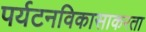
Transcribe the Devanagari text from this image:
पर्यटनविकासाकरता